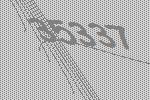
35337